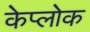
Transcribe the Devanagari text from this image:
केप्लोक